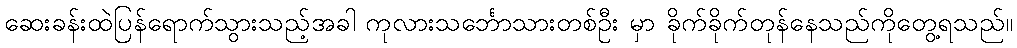
ဆေးခန်းထဲပြန်ရောက်သွားသည့်အခါ ကုလားသင်္ဘောသားတစ်ဦး မှာ ခိုက်ခိုက်တုန်နေသည်ကိုတွေ့ရသည်။